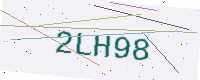
Text: 2LH98